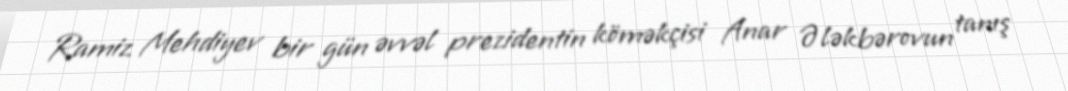
Ramiz Mehdiyev bir gün əvvəl prezidentin köməkçisi Anar Ələkbərovun tanış